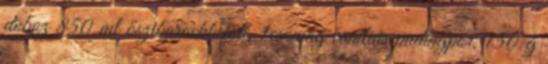
doboz 850 ml őszibarackbefőtt, 1csomag vaníliás pudingpor, 150 g